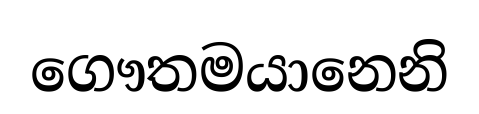
ගෞතමයානෙනි